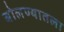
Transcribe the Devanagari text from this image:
बोलण्यातला